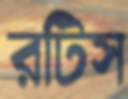
রটিস